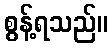
စွန့်ရသည်။